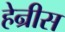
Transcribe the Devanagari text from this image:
हेन्रीस